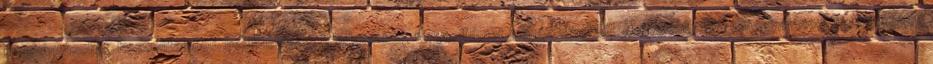
megbántásokat, haszontalanok, beállítottság, feladataiddal, fénycsillámot, nehézségekből, szempontjából, elmagyarázod, feszültséget,